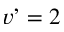
v ’ = 2